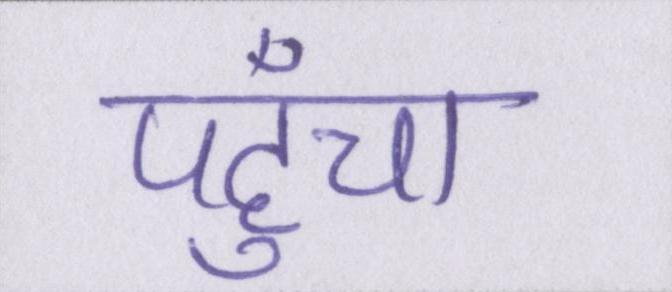
पहुँचा